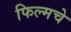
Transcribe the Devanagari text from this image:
फिल्मचे